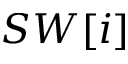
S W [ i ]